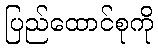
ပြည်ထောင်စုကို